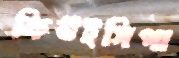
কিউইসিপা